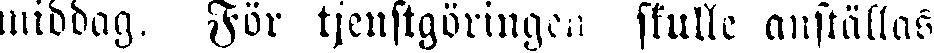
middag. För tjenstgöringen skulle anställas